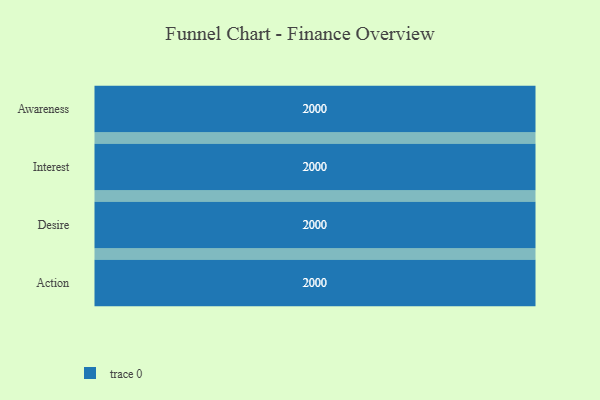
{"axis": {"x": "Stage", "y": "Value"}, "legend": [""], "data": [{"x": "Awareness", "y": 2000, "type": ""}, {"x": "Interest", "y": 2000, "type": ""}, {"x": "Desire", "y": 2000, "type": ""}, {"x": "Action", "y": 2000, "type": ""}]}